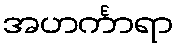
အဟင်္ကာရာ